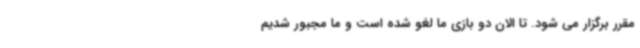
مقرر برگزار می شود. تا الان دو بازی ما لغو شده است و ما مجبور شدیم